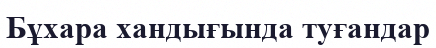
Бұхара хандығында туғандар